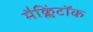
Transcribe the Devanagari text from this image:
मैक्लिंटॉक